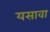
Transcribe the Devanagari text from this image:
यसावा